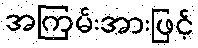
အကြမ်းအားဖြင့်